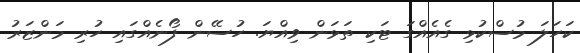
ކަހަލަ މުސްކުޅި ގެއެއްގަ ޓަކި ތަޅަން ވިއްޔަ. ހުސޭން ފޯނެއްގައި ހުރި މަންޒަރު